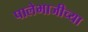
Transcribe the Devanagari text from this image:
पालेभाजीच्या